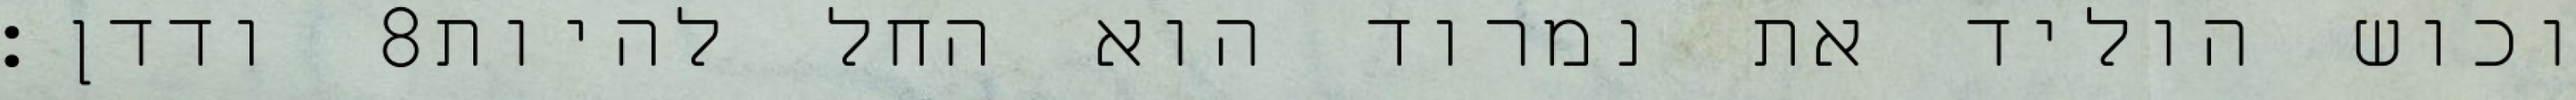
ודדן׃ ‎8‏ וכוש הוליד את נמרוד הוא החל להיות